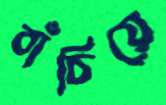
বাঁচিয়ে